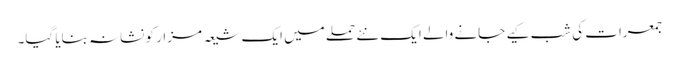
جمعرات کی شب کیے جانے والے ایک نئے حملے میں ایک شیعہ مزار کو نشانہ بنایا گیا۔